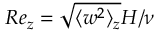
R e _ { z } = \sqrt { \langle w ^ { 2 } \rangle _ { z } } H / \nu